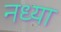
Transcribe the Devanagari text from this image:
नध्या